Annual administration report of the Civil Veterinary Department of India - 1897-1898
Year: 1897
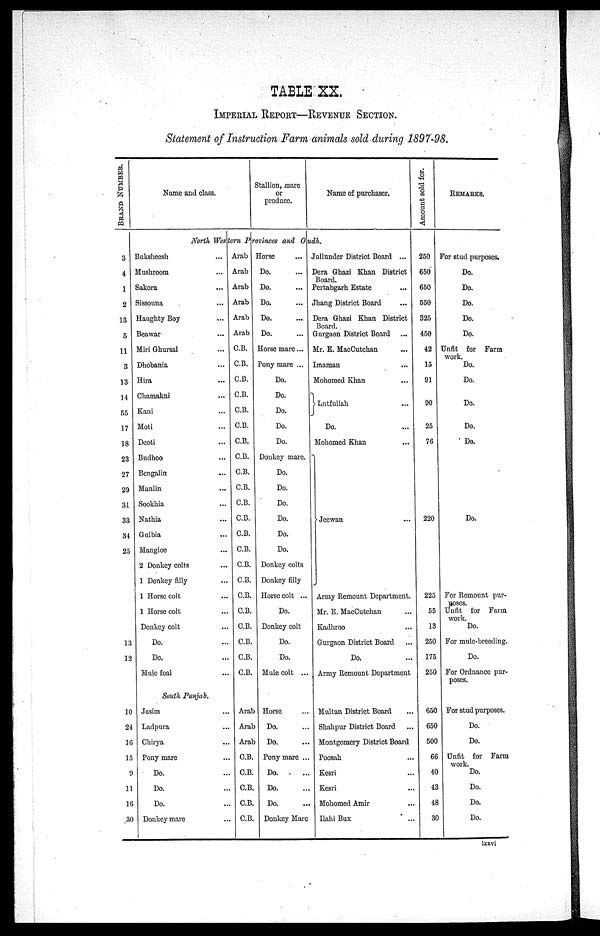
TABLE XX.
IMPERIAL REPORT—REVENUE SECTION.
Statement of Instruction Farm animals sold during 1897-98.
BRAND
NUMBER.
3
4
1
2
13
5
11
3
13
14
55
17
18
23
27
29
31
33
84
25
13
12
10
24
16
15
9
11
16
30
Name and class.
Stallion, mare
or
produce.
Name of purchaser.
North Western Provinces and Oudh.
Baksheesh ...
Mushroom ...
Sakora ...
Sissouna ...
Haughty Boy ...
Beawar ...
Miri Ghursal ...
Dhobania ...
Hira ...
Chamakni ...
Kani ...
Moti ...
Deoti ...
Budhoo ...
Bengalin ...
Manlin ...
Sookhia ...
Nathia ...
Gulbia ...
Mangloe ...
2 Donkey colts
1 Donkey filly ...
1 Horse colt ...
1 Horse colt ...
Donkey colt ...
Do. ...
Do. ...
Mule foal ...
South Punjab.
Jasim ...
Ladpura ...
Chirya ...
Pony marc ...
Do. ...
Do. ...
Do. ...
Donkey mare ...
Arab
Arab
Arab
Arab
Arab
Arab
C.B.
C.B.
C.B.
C.B.
C.B.
C.B.
C.B.
C.B.
C.B.
C.B.
C.B.
C.B.
C.B.
C.B.
C.B.
C.B.
C.B.
C.B.
C.B.
C.B.
C.B.
C.B.
Arab
Arab
Arab
C.B.
C.B.
C.B.
C.B.
C.B.
Horse ...
Do. ...
Do. ...
Do. ...
Do. ...
Do. ...
Horse mare ...
Pony mare ...
Do.
Do.
Do.
Do.
Do.
Donkey mare.
Do.
Do.
Do.
Do.
Do.
Do.
Donkey colts
Donkey filly
Horse colt ...
Do.
Donkey colt
Do.
Do.
Mule colt ...
Horse ...
Do. ...
Do. ...
Pony mare ...
Do. ...
Do. ...
Do. ...
Donkey Marc
Jullunder District Board ...
Dera Ghazi Khan District
Board.
Pertabgarh Estate ...
Jhang District Board ...
Dera Ghazi Khan District
Board.
Gurgaon District Board ...
Mr. E. MacCutchan ...
Imaman ...
Mohomed Khan ...
Lutfullah ...
Do. ...
Mohomed Khan ...
Jeewan ...
Army Remount Department.
Mr. E. MacCutchan ...
Kadhroo ...
Gurgaon District Board ...
Do. ...
Army Bemount Department
Multan District Board ...
Shahpur District Board ...
Montgomery District Board
Poosah ...
Kesri ...
Kesri ...
Mohomed Amir ...
Ilahi Bux ...
Amount sold for.
250
650
650
550
325
450
42
15
91
90
25
76
220
225
55
13
250
175
250
650
650
500
66
40
43
48
30
REMARKS.
For stud purposes.
Do.
Do.
Do.
Do.
Do.
Unfit for Farm
work.
Do.
Do.
Do.
Do.
Do.
Do.
For Remount pur-
poses.
Unfit for Farm
work.
Do.
For mule-breeding.
Do.
For Ordnance pur-
poses.
For stud purposes.
Do.
Do.
Unfit for Farm
work.
Do.
Do.
Do.
Do.
lxxvi